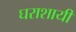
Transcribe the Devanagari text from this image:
घराशायी